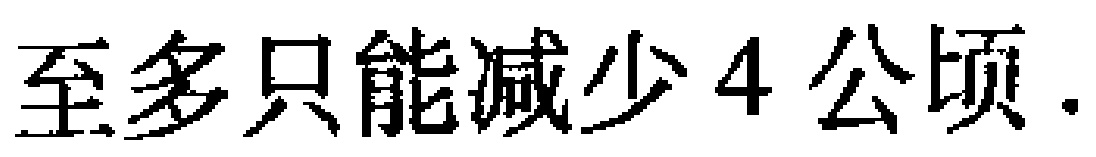
至多只能减少4公顷.